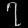
Digit: ၇